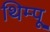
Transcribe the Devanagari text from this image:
थिम्पू